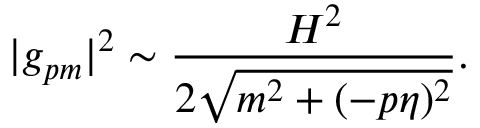
| g _ { p m } | ^ { 2 } \sim \frac { H ^ { 2 } } { 2 \sqrt { m ^ { 2 } + ( - p \eta ) ^ { 2 } } } .